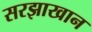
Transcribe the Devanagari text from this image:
सरझाखान